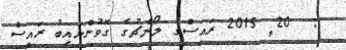
:  20